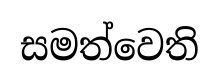
සමත්වෙති